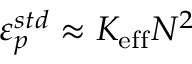
\varepsilon _ { p } ^ { s t d } \approx K _ { \mathrm { e f f } } N ^ { 2 }